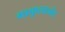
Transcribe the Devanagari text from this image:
गाकुलानंद